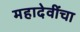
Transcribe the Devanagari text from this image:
महादेवींचा